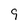
Character: 9